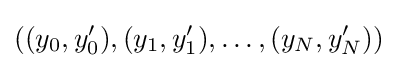
((y_{0},y_{0}'),(y_{1},y_{1}'),\dots ,(y_{N},y_{N}'))